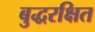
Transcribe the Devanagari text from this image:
बुद्धरक्षित